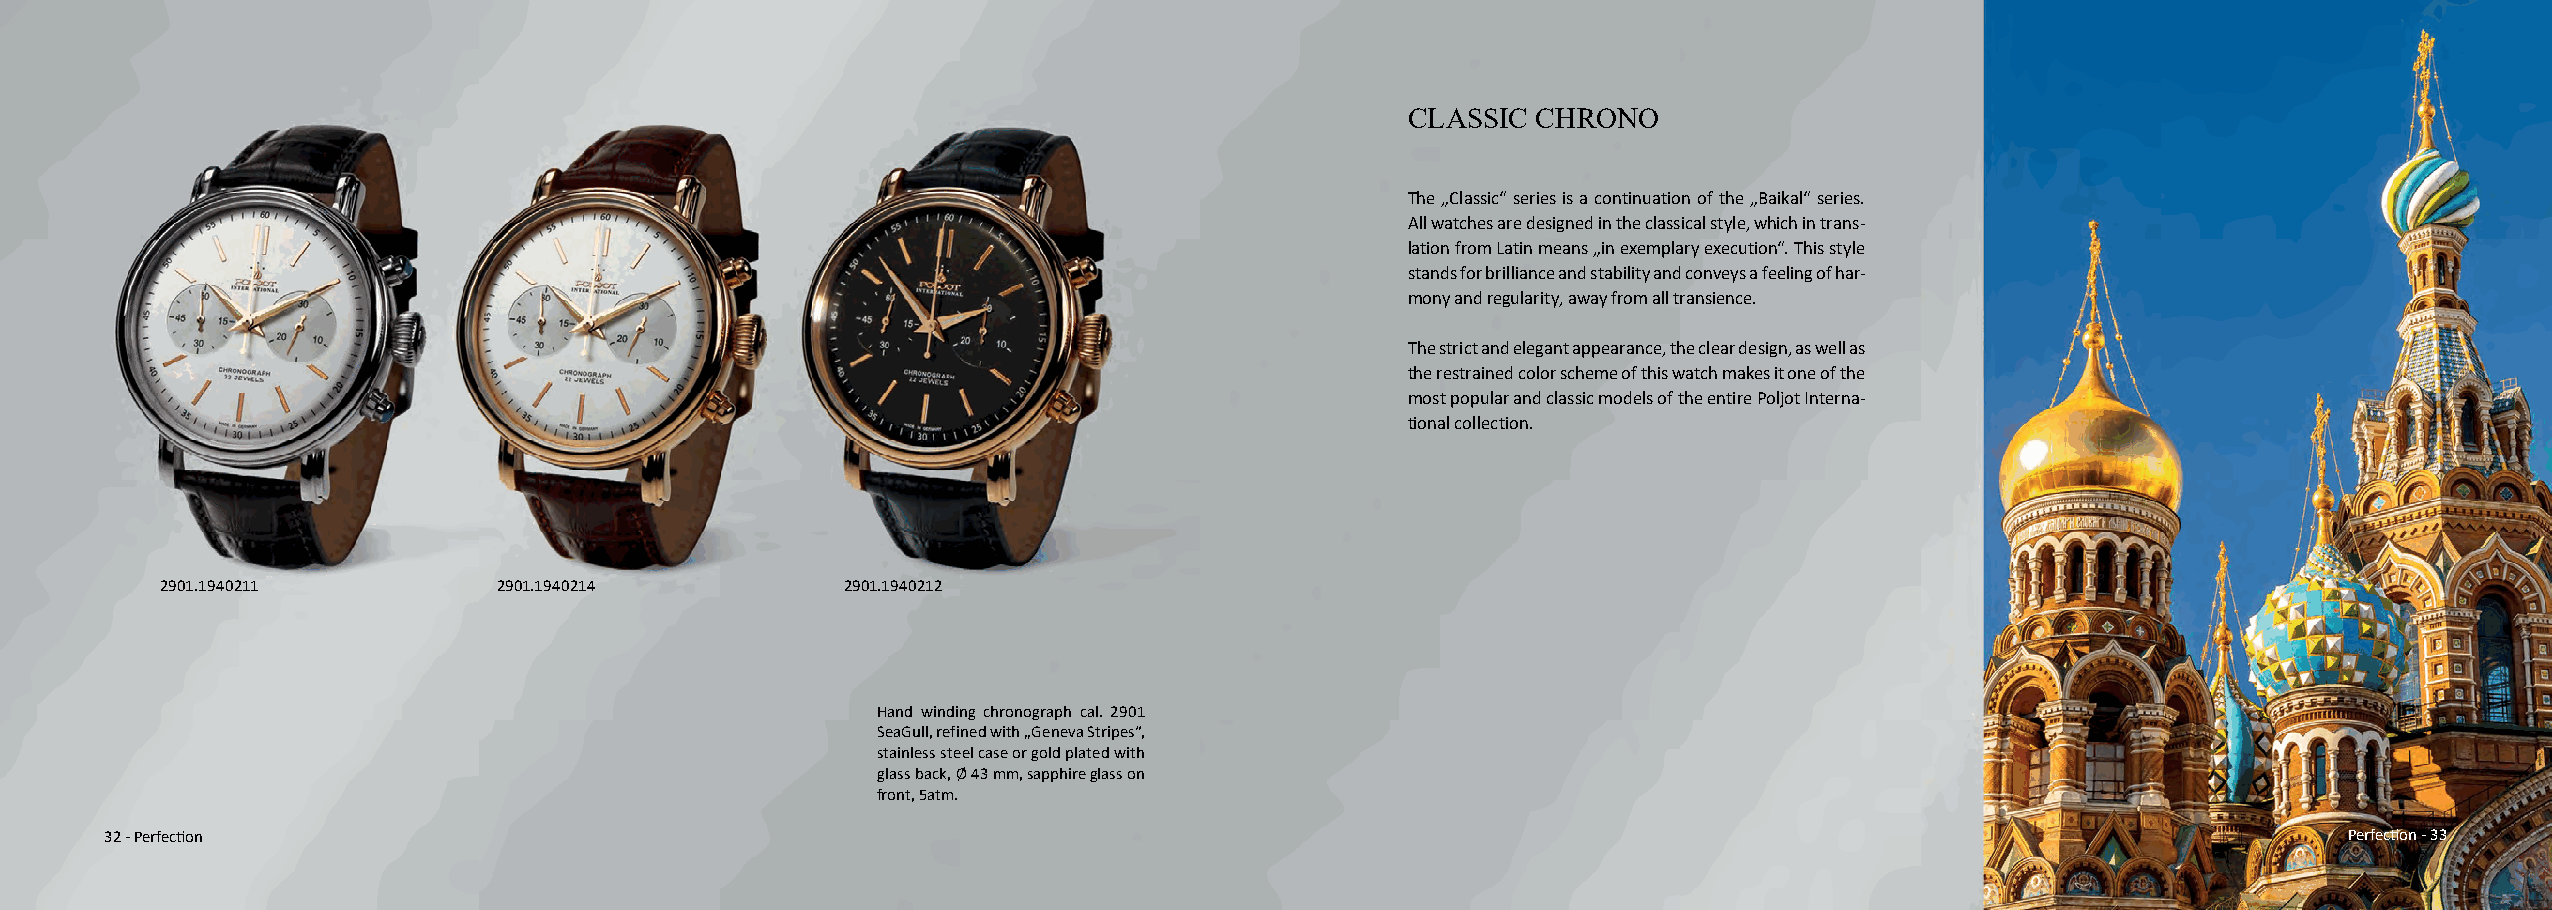
CLASSIC  CHRONO
 The „Classic“ series is a continuation of the „Baikal“ series.
 All watches are designed in the classical style, which in trans-
 lation from Latin means „in exemplary execution“. This style
 stands for brilliance and stability and conveys a feeling of har-
 mony and regularity, away from all transience.
 The strict and elegant appearance, the clear design, as well as
 the restrained color scheme of this watch makes it one of the
 most popular and classic models of the entire Poljot Interna-
 tional collection.
 2901.1940211          2901.1940214           2901.1940212
 Hand winding chronograph cal. 2901
 SeaGull, refined with „Geneva Stripes“,
 stainless steel case or gold plated with
 glass back, Ø 43 mm, sapphire glass on
 front, 5atm.
 32 - Perfection                                                                                                                                     Perfection - 33